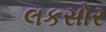
લકસોર